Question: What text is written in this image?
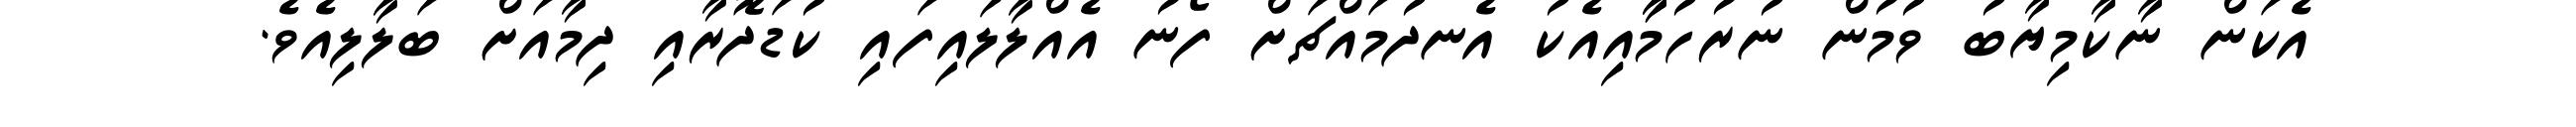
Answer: އެކަން ނާކާމިޔާބު ވުމުން ނުރުހުމާާއިއެކު އެނދުމައްޗަށް ފޯނު އެއްލާލައިފައި ކުޑަދޮރާއި ދިމާއަށް ބަލާލިއެވެ.